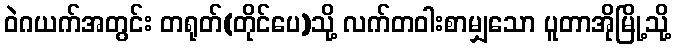
ဝဲဂယက်အတွင်း တရုတ်(တိုင်ပေ)သို့ လက်တဝါးစာမျှသော ပူတာအိုမြို့သို့